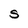
Character: S